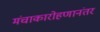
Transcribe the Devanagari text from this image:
मंचाकारोहणानंतर